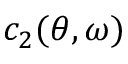
c _ { 2 } ( \theta , \omega )